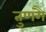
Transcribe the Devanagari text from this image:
तुणंगै